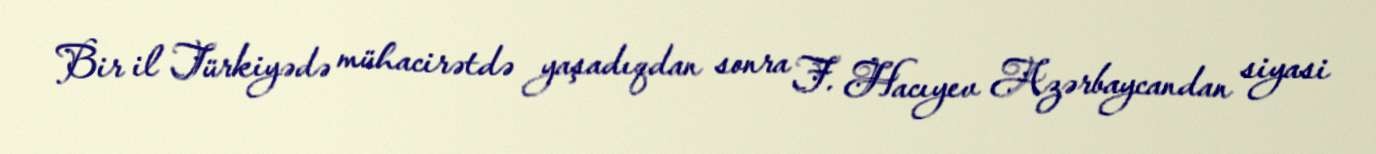
Bir il Türkiyədə mühacirətdə yaşadıqdan sonra F. Hacıyev Azərbaycandan siyasi